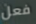
فعل